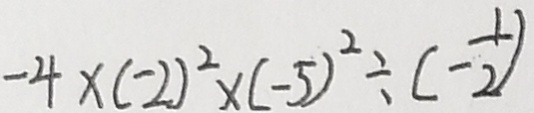
- 4 \times ( - 2 ) ^ { 2 } \times ( - 5 ) ^ { 2 } \div ( - \frac { 1 } { 2 } )